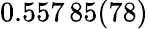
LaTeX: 0.557\, 85(78)